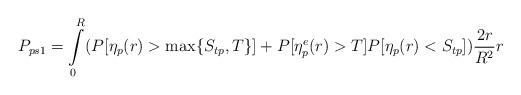
LaTeX: \begin{align*}P_{ps1}=\int\limits_{0}^{R}(P[\eta_p(r)>\max\{S_{tp},T\}]+P[{\eta}^e_p(r)>T]P[\eta_p(r)<S_{tp}])\frac{2r}{R^2}r\end{align*}